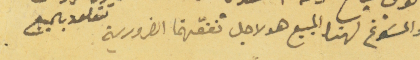
والمسوغ لهذا البيع هو لاجل نفقتهما الضرورية